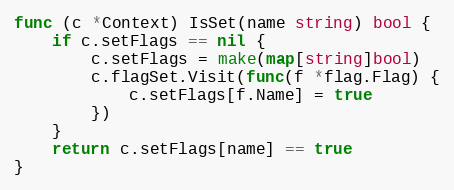
Language: Go
func (c *Context) IsSet(name string) bool {
	if c.setFlags == nil {
		c.setFlags = make(map[string]bool)
		c.flagSet.Visit(func(f *flag.Flag) {
			c.setFlags[f.Name] = true
		})
	}
	return c.setFlags[name] == true
}